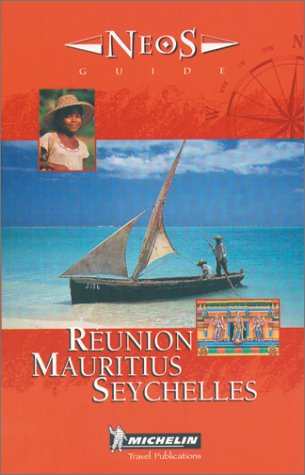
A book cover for Michelin NEOS Guide Reunion Mauritius Seychelles, 1e (NEOS Guide); Michelin Travel Publications; Travel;